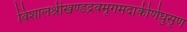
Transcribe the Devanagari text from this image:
विशालश्रीखण्डद्रवमृगमदाकीर्णघुसृण